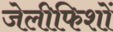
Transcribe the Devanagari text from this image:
जेलीफिशों